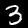
Digit: 3